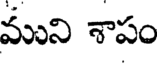
ముని శాపం